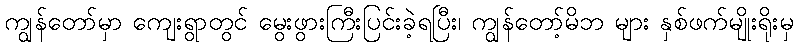
ကျွန်တော်မှာ ကျေးရွာတွင် မွေးဖွားကြီးပြင်းခဲ့ရပြီး၊ ကျွန်တော့်မိဘ များ နှစ်ဖက်မျိုးရိုးမှ